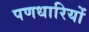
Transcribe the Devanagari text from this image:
पणधारियों